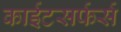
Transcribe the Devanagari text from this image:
काईटसर्फर्स